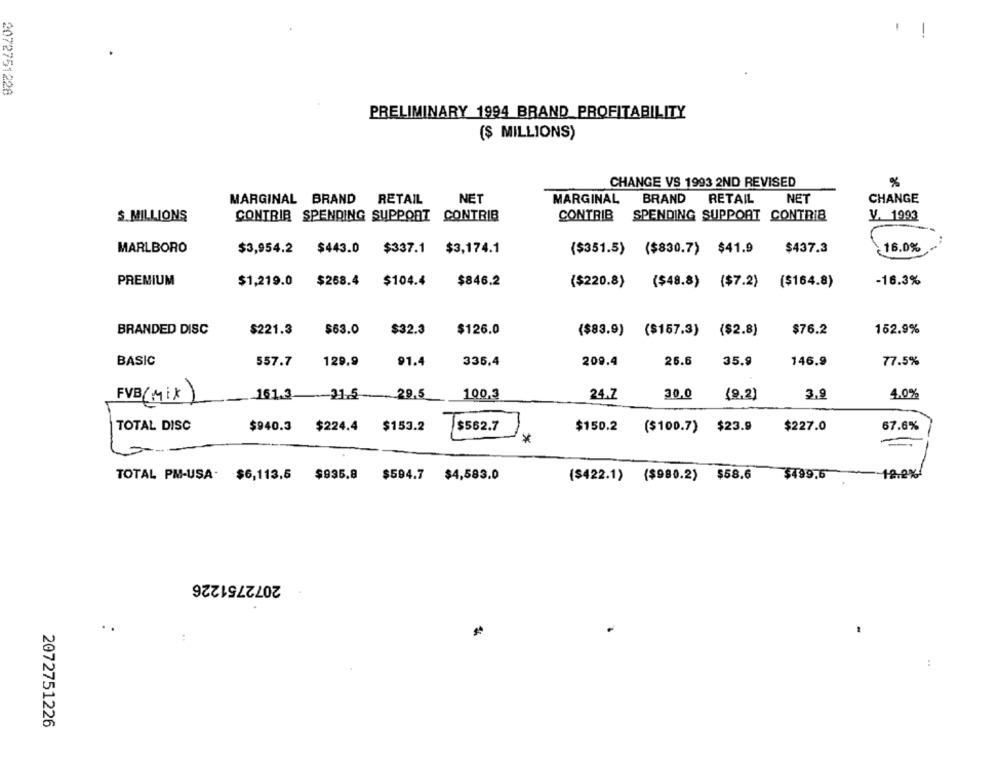
1
--
2072751228
PRELIMINARY 1994 BRAND PROFITABILITY
($ MILLIONS)
%
CHANGE VS 1993 2ND REVISED
NET
MARGINAL
BRAND
RETAIL
NET
CHANGE
MARGINAL BRAND
RETAIL
$.MILLIONS
CONTRIB SPENDING SUPPORT CONTRIB
CONTRIB
SPENDING SUPPORT CONTRIB
V. 1993
MARLBORO
$3,954.2 $443.0 $337.1 $3,174.1
{$351.5) ($830.7) $41.9
$437.3
16.0%
PREMIUM
-16.3%
$1,219.0 $268.4 $104.4
$846.2
($220.8) {$48.8) ($7.2) ($164.8)
BRANDED DISC
$221.3
$63.0
$32.3
$126.0
($83.9) ($157.3) ($2.8)
$76.2
152.9%
BASIC
557.7
129.9
91.4
336.4
209.4
26.6
35.9
146.9
77.5%
___ 161.3.
--- 31.5
-29.5
24.7
30.0
3.9
4.0%
100,3
(2.2)
FVB (Mix)
TOTAL DISC
$940.3
$224.4 $153.2
$227.0
67.6%
$562.7
$150.2 ($100.7) $23.9
TOTAL PM-USA: $6,113.5 $936.8 $594.7 $4,583.0
($422.1) ($980.2) $58.6
$499.6
12.2%
2072751226
..
:
:
2072751226